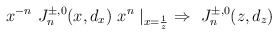
\begin{align*}x^{-n}\ J^{\pm,0}_n(x, d_x)\ x^n \mid _ {x={1 \over z}} \ \Rightarrow\ J^{\pm,0}_n(z, d_z)\end{align*}